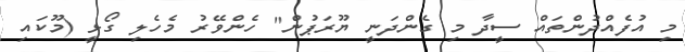
މި އުފެއްދުންތައް ސީދާ މި ގެންދަނީ ޔޫރަޕުން" ހެންވޭރު މެހެލި ގޯޅީ (މޫކައި